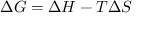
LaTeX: \Delta G = \Delta H - T \Delta S